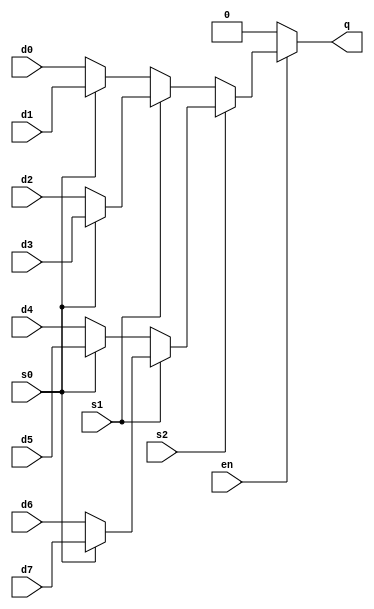
module part13(en, s0, s1, s2, d0, d1, d2, d3, d4, d5, d6, d7, q);

input en, s0, s1, s2;
input d0, d1, d2, d3, d4, d5, d6, d7;
output q;

assign q = en ? ( s2 ? (s1 ? (s0 ? d7 : d6) : (s0 ? d5 : d4)) : (s1 ? (s0 ? d3 : d2) : (s0 ? d1 : d0)) ) : 0;

endmodule